Calcutta medical institutions reports 1879-81 [i.e.91]
Year: 1879
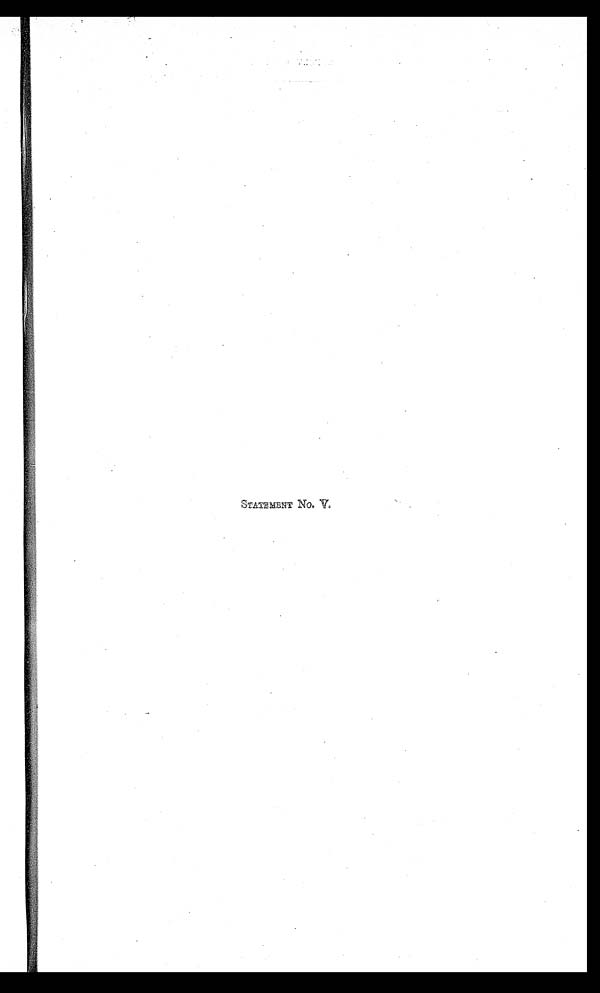
STATEMENT No. V.